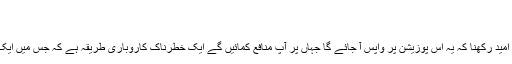
ا)منافع کی حد (منافع وصول کریں)
ب)خسارے کی حد (خسارہ روکیں)
یاد رہے کاروباری سودے کو کھلا رکھنا اور یہ امید رکھنا کہ یہ اس پوزیشن پر واپس آ جائے گا جہاں پر آپ منافع کمائیں گے ایک خطرناک کاروباری طریقہ ہے کہ جس میں ایک تاجر کو مارجن کال کا سامنا کرنا پڑ سکتا ہے۔